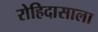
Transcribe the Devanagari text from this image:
रोहिदासाला